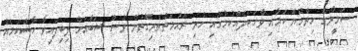
ސަމީރާގެ ހިތްހެޔޮ ކަމާއި ވާހަކަދެއްކުމުގައި ހުރި ރަޙުމަތްތެރިގޮތުން ވެސް ޝަބާއަށް ލިބިފައިވާ ހާސްކަމެއް